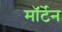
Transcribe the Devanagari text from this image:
मॉर्टेन